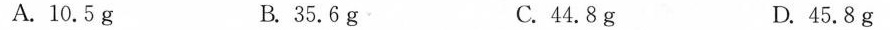
A.10.5g B.35.6g C.44.8g D.45.8g